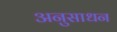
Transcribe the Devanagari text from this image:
अनुसाधन